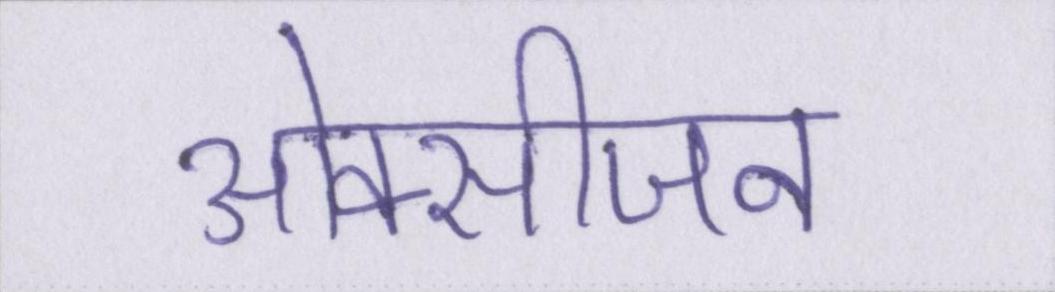
ओक्सीजन